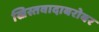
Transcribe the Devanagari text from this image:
ख्रिस्तवादाबरोबर